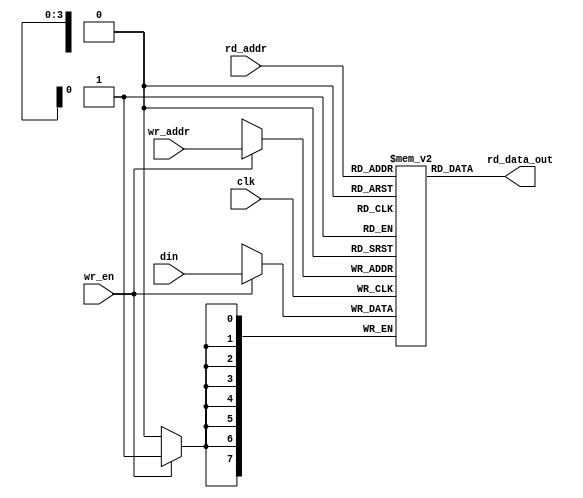
//From Vivado Synthesis User Guide UG901 2018.3
//But I hated the original coding style so much I cleaned it up to my usual
//standard and added parameters. I have tested this in Vivado to make sure
//it synthesizes to LUTRAM for the following parameters:
//
// DATA_WIDTH = 32, ADDR_WIDTH = 4, Uses 24 LUTs
// DATA_WIDTH = 32, ADDR_WIDTH = 6, Uses 40 LUTs
//
// Simple Dual-Port RAM with Asynchronous Read (Distributed RAM)
module sdp_lut_ram #(
    parameter DATA_WIDTH = 8,
    parameter ADDR_WIDTH = 4
)(
    input wire clk, 
    input wire wr_en, 
    input wire [ADDR_WIDTH -1:0] rd_addr, 
    input wire [ADDR_WIDTH -1:0] wr_addr, 
    input wire [DATA_WIDTH -1:0] din,
    output wire [DATA_WIDTH -1:0] rd_data_out
);
    reg [DATA_WIDTH-1:0] ram [0:2**(ADDR_WIDTH)-1];
    
    genvar i;
    for (i = 0; i < 2**ADDR_WIDTH; i = i + 1) begin
        initial ram[i] <= 0;
    end
    
    always @(posedge clk) begin
        if (wr_en)
        ram[wr_addr] <= din;
    end
    
    assign rd_data_out = ram[rd_addr];
endmodule